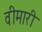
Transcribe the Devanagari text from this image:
वीमारी